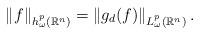
LaTeX: \begin{align*}\left \|f\right \|_{h_{\omega}^{p}(\mathbb{R}^{n})}=\left \| g_{d}(f) \right \|_{L_{\omega}^{p}(\mathbb {R}^{n})}.\end{align*}